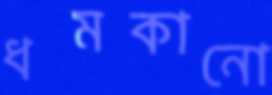
ধমকানো